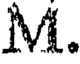
M.